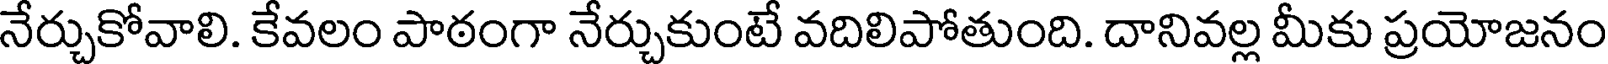
నేర్చుకోవాలి. కేవలం పాఠంగా నేర్చుకుంటే వదిలిపోతుంది. దానివల్ల మీకు ప్రయోజనం